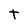
Character: t